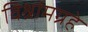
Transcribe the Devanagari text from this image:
विश्रांमग्रहे